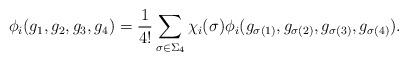
LaTeX: \begin{align*}\phi_i(g_1,g_2,g_3,g_4) = {1\over 4!} \sum_{\sigma \in \Sigma_4} \chi_i(\sigma) \phi_i(g_{\sigma(1)},g_{\sigma(2)},g_{\sigma(3)},g_{\sigma(4)}).\end{align*}